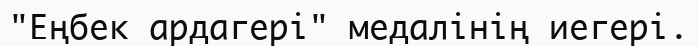
"Еңбек ардагері" медалінің иегері.